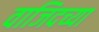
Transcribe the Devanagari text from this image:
वाजिदच्या